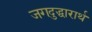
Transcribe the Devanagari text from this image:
जगदुद्धारार्थ